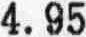
4.95